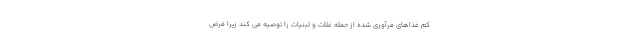
کم غذاهای فرآوری شده از جمله غلات و لبنیات را توصیه می کند زیرا فرض